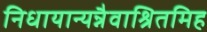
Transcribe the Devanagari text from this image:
निधायान्यन्नैवाश्रितमिह